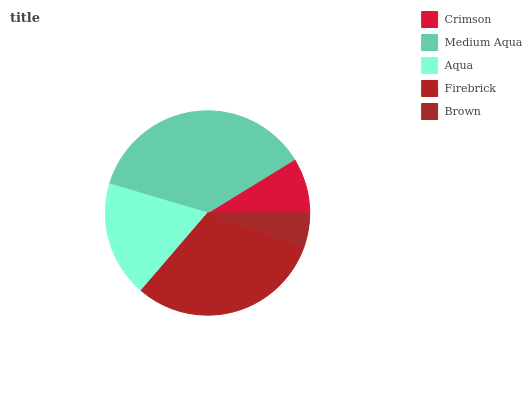
| Crimson | Medium Aqua | Aqua | Firebrick | Brown |
 | --- | --- | --- | --- | --- |
 | 8.77% | 36.6% | 18.3% | 30.9% | 5.4% |